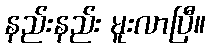
နည်းနည်း မူးလာပြီ။